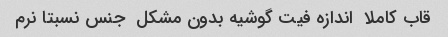
قاب کاملا  اندازه فیت گوشیه بدون مشکل  جنس نسبتا نرم